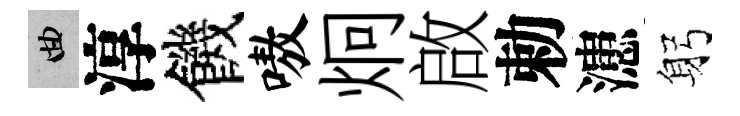
曲淳饑嗷炯啟勅漶躬